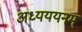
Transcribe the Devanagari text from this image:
अध्यययनम्